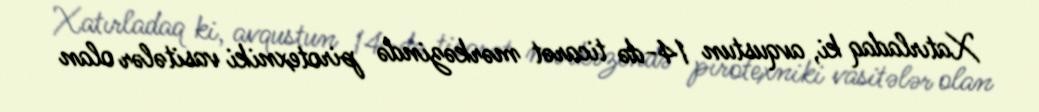
Xatırladaq ki, avqustun 14-də ticarət mərkəzində pirotexniki vasitələr olan